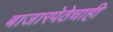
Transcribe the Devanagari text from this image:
बाजारपेठेचाही